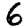
Digit: 6